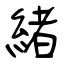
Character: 緒